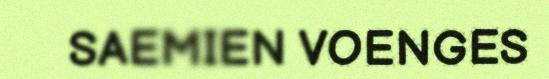
SAEMIEN VOENGES